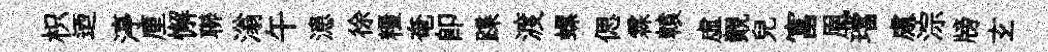
枳迺渟厘懈聯滃午漶徐糧奄卽蹀渡螺偲霖轅虛覿兒富凰璫慮淙牓𤣥